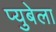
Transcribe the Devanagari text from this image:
प्युबेला